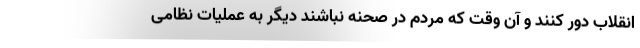
انقلاب دور کنند و آن وقت که مردم در صحنه نباشند دیگر به عملیات نظامی